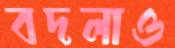
বদলাও